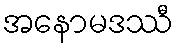
အနောမဒဿီ